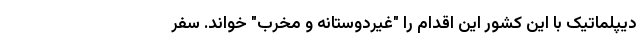
دیپلماتیک با این کشور این اقدام را "غیردوستانه و مخرب" خواند. سفر